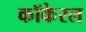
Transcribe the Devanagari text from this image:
कॉकेरल